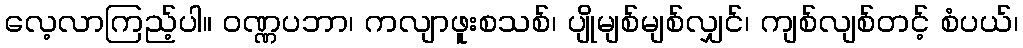
လေ့လာကြည့်ပါ။ ဝဏ္ဏပဘာ၊ ကလျာဖူးစသစ်၊ ပျိုမျစ်မျစ်လျှင်၊ ကျစ်လျစ်တင့် စံပယ်၊